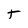
Character: t